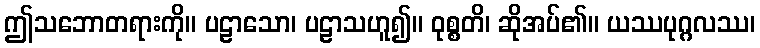
ဤသဘောတရားကို။ ပဠာသော၊ ပဠာသဟူ၍။ ဝုစ္စတိ၊ ဆိုအပ်၏။ ယဿပုဂ္ဂလဿ၊